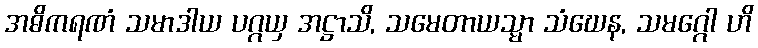
အဓိကရဏံ သမာဒါယ ပဂ္ဂယှ အဋ္ဌာသိ, သမေတာယသ္မာ သံဃေန, သမဂ္ဂေါ ဟိ